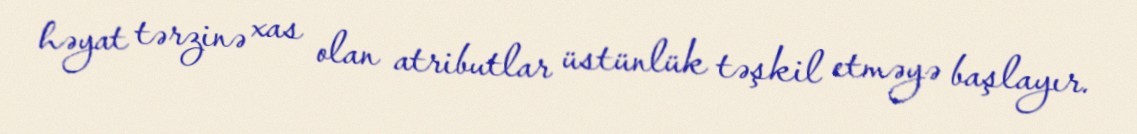
həyat tərzinə xas olan atributlar üstünlük təşkil etməyə başlayır.